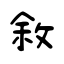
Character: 敘